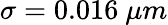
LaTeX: \sigma=0.016~\mu m